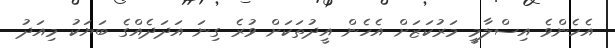
އެހެންވެ އިސްލާމީ މަރުކަޒަށް އެހެން އީދުތަކަށް ވުރެ ގިނަ އަދަދެއްގެ ބަޔަކު މިއަދު